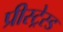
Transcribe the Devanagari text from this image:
प्रीस्ट्रेस्ड